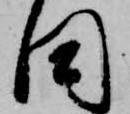
田